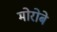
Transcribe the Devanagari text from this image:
मोरोबे